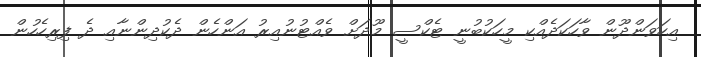
އިހަވަންދޫން ވާހަކަދެއްކި މީހަކުބުނީ ޓެކްސީ މޫދަށް ވެއްޓުނުއިރު އަންހެން ދެކުދިންނާއި ދެ ފިރިހެހުން